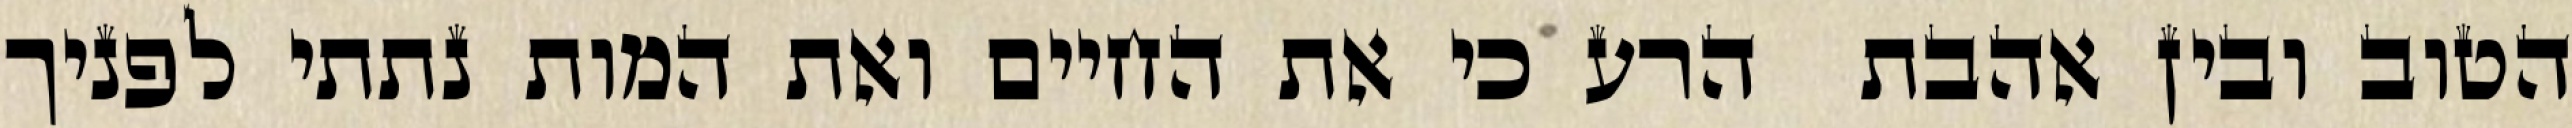
הטוב ובין אהבת  הרע כי את החיים ואת המות נתתי לפניך